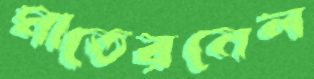
মাতেরনেল